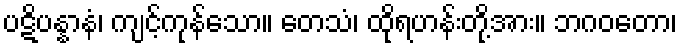
ပဋိပန္နာနံ၊ ကျင့်ကုန်သော။ တေသံ၊ ထိုရဟန်းတို့အား။ ဘဂဝတော၊